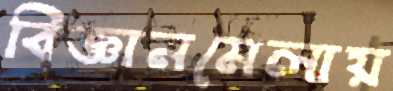
বিজ্ঞানমেলায়